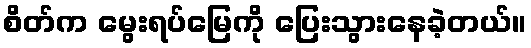
စိတ်က မွေးရပ်မြေကို ပြေးသွားနေခဲ့တယ်။